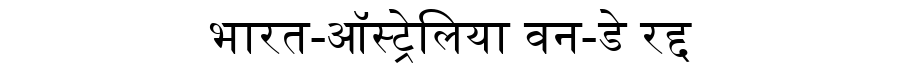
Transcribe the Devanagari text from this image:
भारत-ऑस्ट्रेलिया वन-डे रद्द